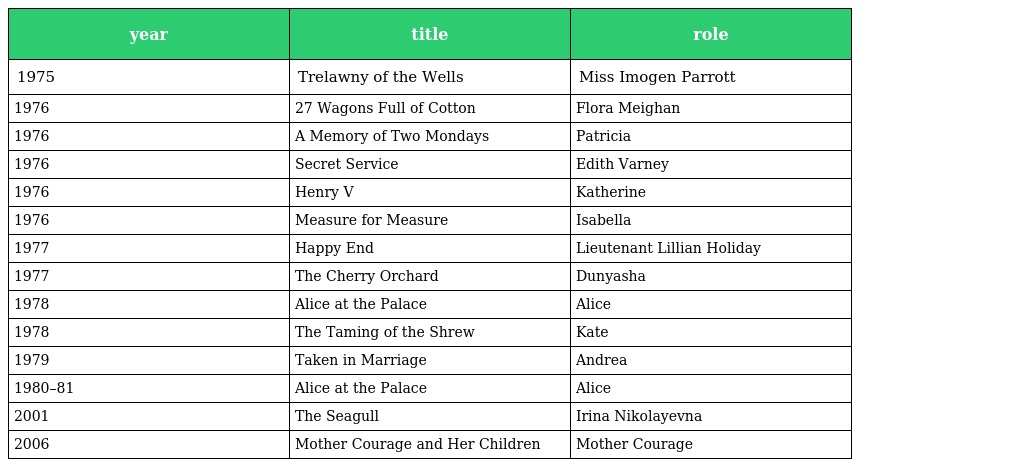
| year | title | role |
 | --- | --- | --- |
 | 1975 | Trelawny of the Wells | Miss Imogen Parrott |
 | 1976 | 27 Wagons Full of Cotton | Flora Meighan |
 | 1976 | A Memory of Two Mondays | Patricia |
 | 1976 | Secret Service | Edith Varney |
 | 1976 | Henry V | Katherine |
 | 1976 | Measure for Measure | Isabella |
 | 1977 | Happy End | Lieutenant Lillian Holiday |
 | 1977 | The Cherry Orchard | Dunyasha |
 | 1978 | Alice at the Palace | Alice |
 | 1978 | The Taming of the Shrew | Kate |
 | 1979 | Taken in Marriage | Andrea |
 | 1980–81 | Alice at the Palace | Alice |
 | 2001 | The Seagull | Irina Nikolayevna |
 | 2006 | Mother Courage and Her Children | Mother Courage |